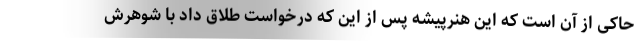
حاکی از آن است که این هنرپیشه پس از این که درخواست طلاق داد با شوهرش